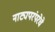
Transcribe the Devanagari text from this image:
नाट्यपरंपरेचे